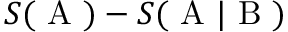
S ( \mathrm { ~ A ~ } ) - S ( \mathrm { ~ A ~ } | \mathrm { ~ B ~ } )